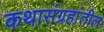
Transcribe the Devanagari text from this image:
कथासंग्रहांतील